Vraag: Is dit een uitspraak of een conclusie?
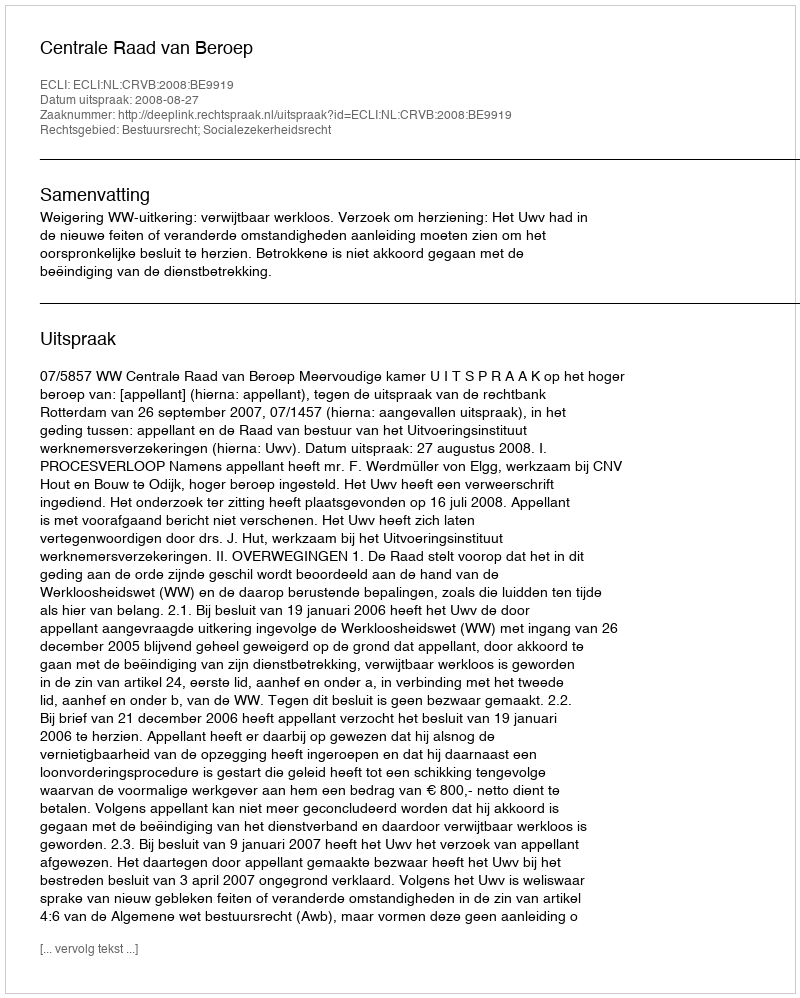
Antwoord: Uitspraak